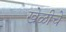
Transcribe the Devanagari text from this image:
खेळीचे